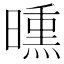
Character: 𣊳